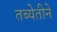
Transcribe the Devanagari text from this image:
तब्येतीने